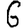
Digit: 6